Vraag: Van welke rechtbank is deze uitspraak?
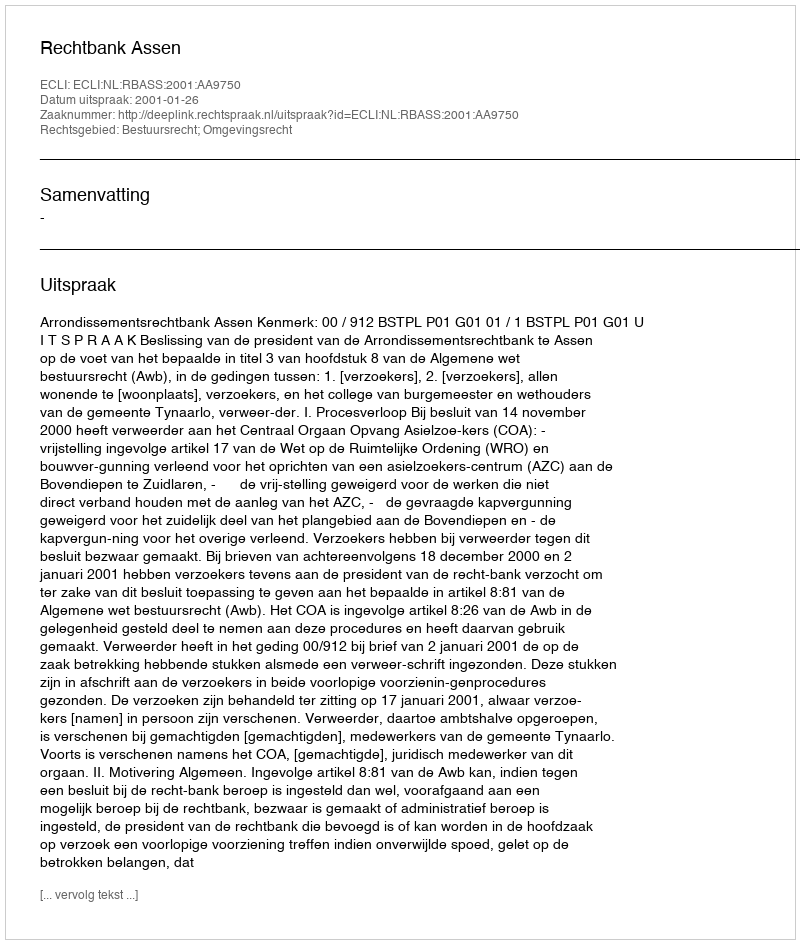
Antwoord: Rechtbank Assen